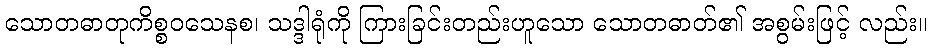
သောတဓာတုကိစ္စဝသေနစ၊ သဒ္ဒါရုံကို ကြားခြင်းတည်းဟူသော သောတဓာတ်၏ အစွမ်းဖြင့် လည်း။